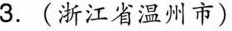
3.(浙江省温州市)